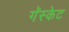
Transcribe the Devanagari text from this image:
गॅस्केट